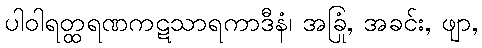
ပါဝါရတ္ထရဏကဋသာရကာဒီနံ၊ အခြုံ, အခင်း, ဖျာ,